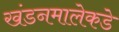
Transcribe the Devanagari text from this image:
खंडनमालेकडे